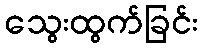
သွေးထွက်ခြင်း